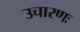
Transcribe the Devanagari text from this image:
उचारणः